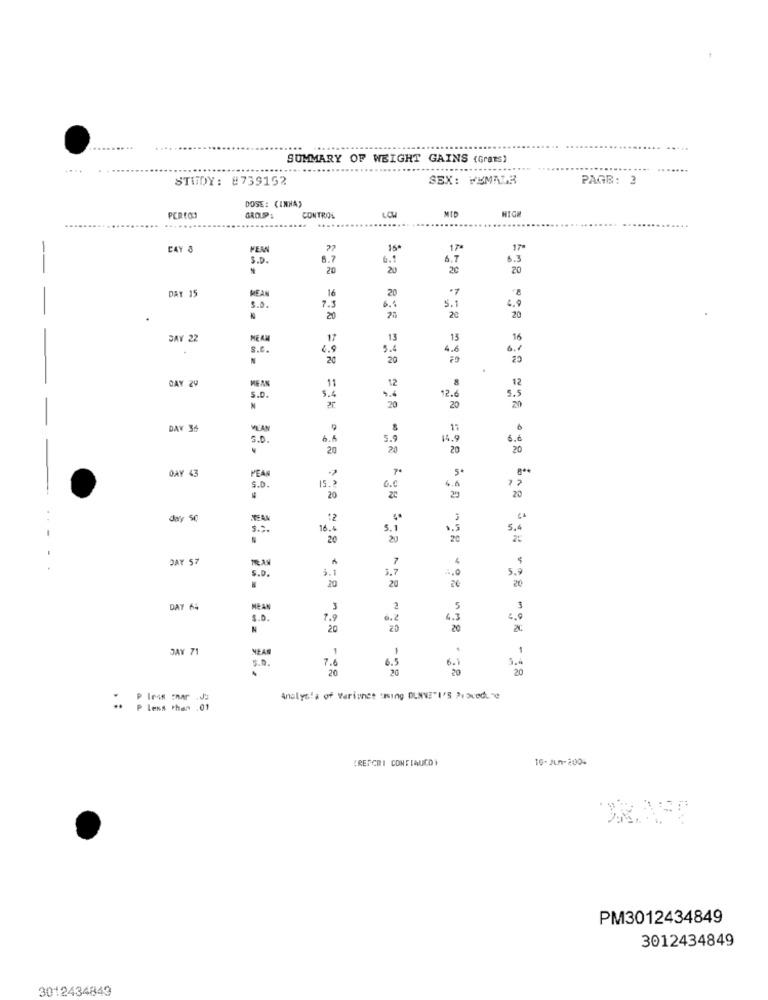
....
SUMMARY OF WEIGHT GAINS (Grats)
.....
STUDY: 8739152
SEX: FEMALE
PAGE: 3
DOSE: (INNA)
HIGH
PERTO
GROUP:
CONTROL
...
MID
CAY 8
VEM
15
17*
17
S.D .
8.7
6.7
6.3
20
20
20
20
DAY 15
MEAN
20
16
6.
5.1
6.9
S.O.
7.
20
20
20
SAY 22
ME AM
17
13
13
16
S.c.
4.9
3.A
4.6
6.1
20
20
20
DAY 29
ME AN
11
12
12
12.6
S.D.
5.4
20
5.5
N
20
20
DAY 36
MEAN
9
S.D.
6.6
5.9
14.9
6.6
20
20
20
20
OAY 43
PEAN
5
15.2
4.6
S.D.
G.C
20
20
20
. .
day 50
12
$.2.
16.4
5.1
5.4
20
20
DAY 57
7
. .
S.D.
5.1
5.7
5.9
20
20
2€
20
.
DAT 64
MEAN
2
5
7.9
6.2
4.3
4.0
N
20
20
JAY 71
NEAR
.
S.D.
7.6
6.5
6.1
20
20
20
- 18
Analysis of Variance thing DUNVE"I'S Procedure
P less than .01
CRETCRI CONFIQUEDY
10- Jun-2004
PM3012434849
3012434849
3012434843